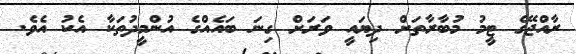
ރާއްޖޭގެ ޓީމު މުބާރާތަށް ދިޔައީ ވަރަށް ގިނަ ބައެއްގެ އުންމީދުތަކާ އެކު އެވެ.